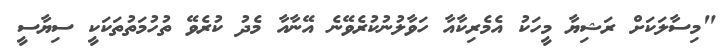
"މިސާލަކަށް ރަޝިޔާ މީހަކު އެމެރިކާއާ ހަވާލުނުކުރެވޭނެ އޭނާއާ މެދު ކުރެވޭ ތުހުމަތުތަކަކީ ސިޔާސީ